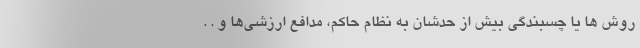
روش ها یا چسبندگی بیش از حدشان به نظام حاکم، مدافع ارزشی‌ها و . .